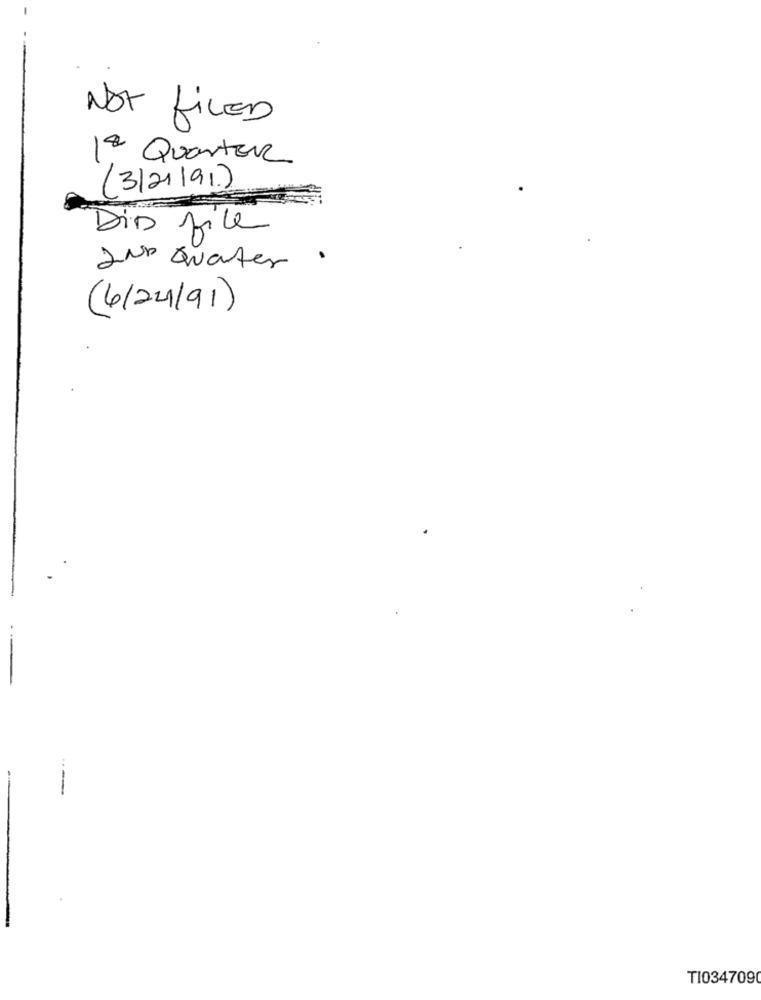
NOT fiLED
1ª Quarter
(3121191.)
Dis file
2 ND Quarter.
(4/24/91)
--
TI0347090